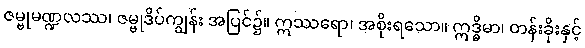
ဇမ္ဗုမဏ္ဍလဿ၊ ဇမ္ဗုဒိပ်ကျွန်း အပြင်၌။ ဣဿရော၊ အစိုးရသော။ ဣဒ္ဓိမာ၊ တန်းခိုးနှင့်